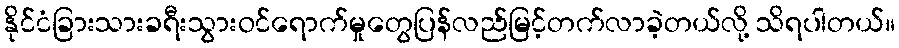
နိုင်ငံခြားသားခရီးသွားဝင်ရောက်မှုတွေပြန်လည်မြင့်တက်လာခဲ့တယ်လို့ သိရပါတယ်။